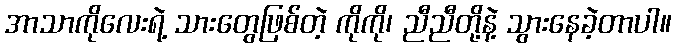
အာသာကိုလေးရဲ့ သားတွေဖြစ်တဲ့ ကိုကို၊ ညီညီတို့နဲ့ သွားနေခဲ့တာပါ။